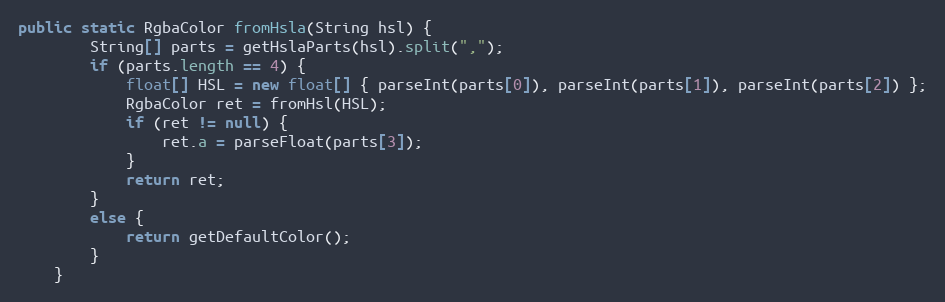
Language: Java
public static RgbaColor fromHsla(String hsl) {
        String[] parts = getHslaParts(hsl).split(",");
        if (parts.length == 4) {
            float[] HSL = new float[] { parseInt(parts[0]), parseInt(parts[1]), parseInt(parts[2]) };
            RgbaColor ret = fromHsl(HSL);
            if (ret != null) {
                ret.a = parseFloat(parts[3]);
            }
            return ret;
        }
        else {
            return getDefaultColor();
        }
    }